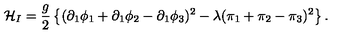
{ \cal H } _ { I } = \frac { g } { 2 } \left\{ ( \partial _ { 1 } \phi _ { 1 } + \partial _ { 1 } \phi _ { 2 } - \partial _ { 1 } \phi _ { 3 } ) ^ { 2 } - \lambda ( \pi _ { 1 } + \pi _ { 2 } - \pi _ { 3 } ) ^ { 2 } \right\} .